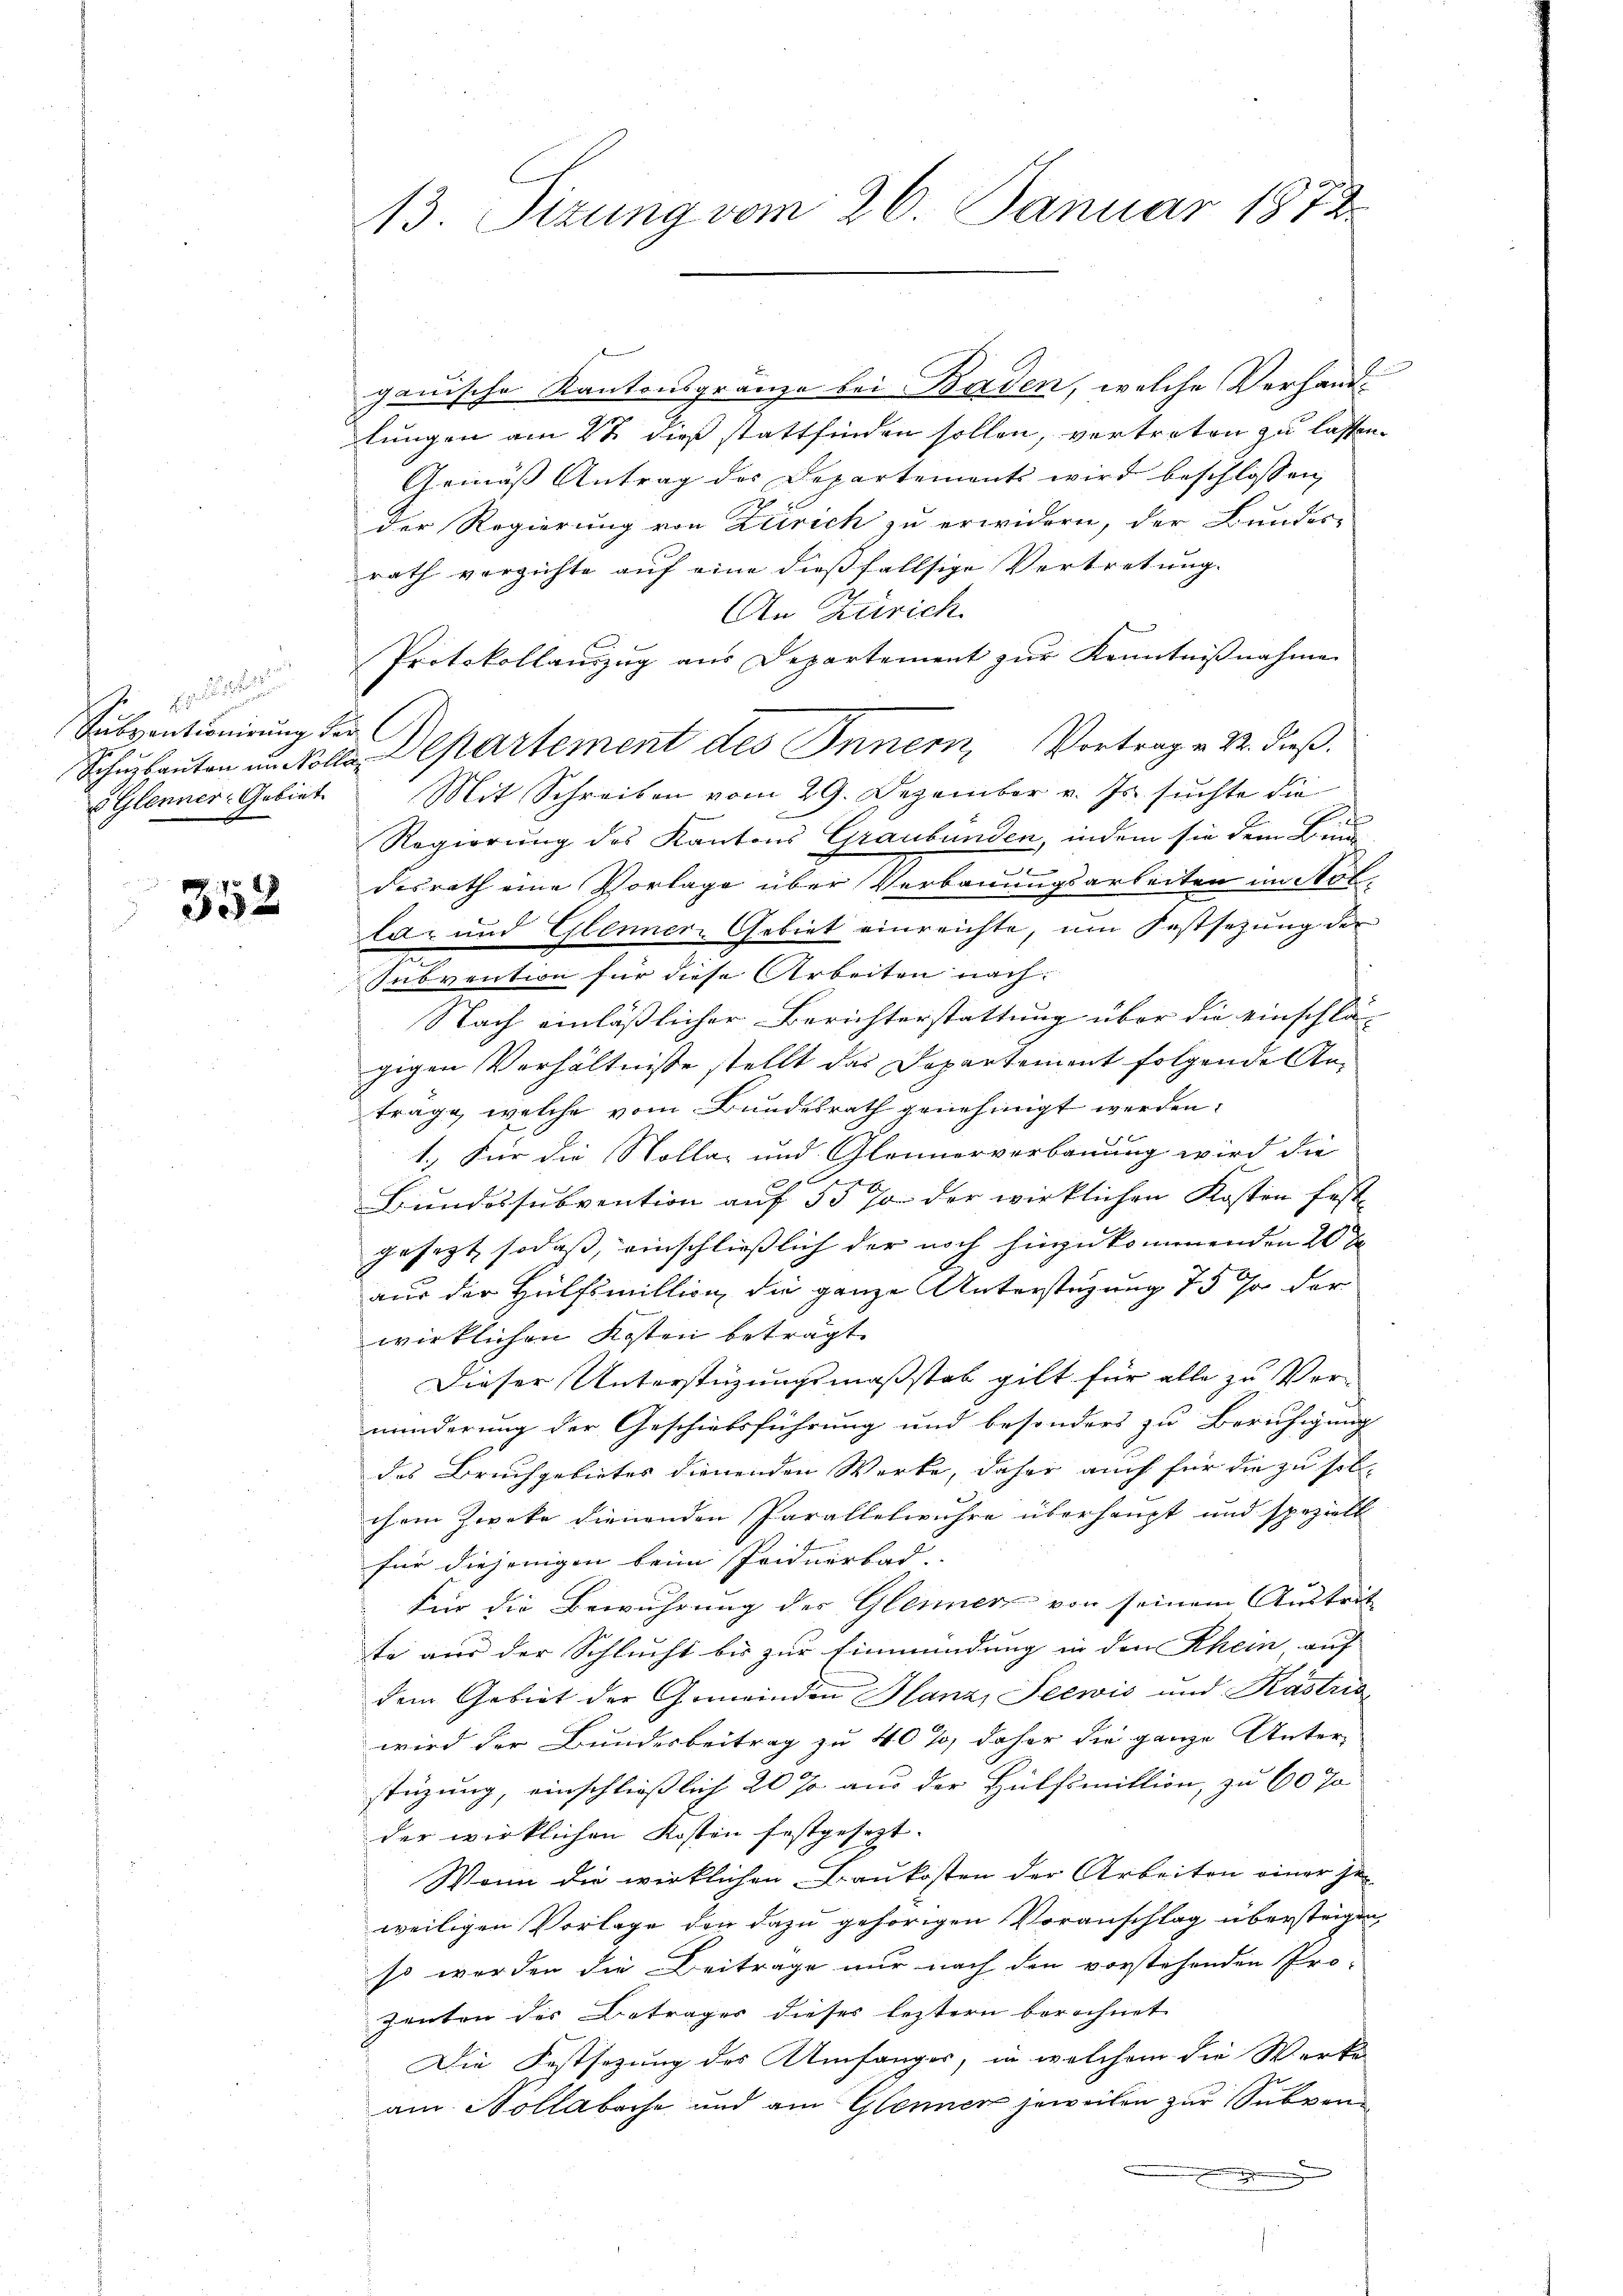
1.
Subventionirung der
v Glenner-Gebiet

352

13. Sizung vom 26. Januar 1872.

ganische Kantonsgränze bei Baden, welche Verhandlungen am 27. dieß stattfinden sollen, vertreten zu lassen.
Gemäss Antrag des Departements wird beschlossen,
der Regierung von Zürich zu erwidern, der Bundes-
rath verzichte auf eine dießfallsige Vertretung.
An Zürich.
Protokollauszug aus Departement zur Kenntnißnahme
Schulanten unvolle Departement des Innern, Vortrag v. 22. dieß.
Mit Schreiben vom 29. Dezember v. Js. suchte die
Regierung des Kantons Graubünden, indem sie dem Lau
desrath eine Vorlage über Verbauungsarbeiten im Not-
laz und Glenner Gebiet einreichte, um Festsetzung der
Iubvention für diese Arbeiten nach
Nach einläßlicher Berichterstattung über die einschla-
gigen Verhältnisse stellt das Departement folgende Anträge, welche vom Bundesrath genehmigt werden.
1. Für die Volla und Glännerverbauung wird die
Bundessubvention auf 5 § 70 der wirklichen Kosten fest-
gesezt sodaß, einschließlich der noch hinzukommenden 20 x
aus der Hülfsmillion die ganze Unterstüzung 75 so der
wirklichen Kosten beträgt.
Dieser Unterstüzungsmaßstab gilt für alle zu Ver-
minderung der Geschiebsführung und besonders zu Beruhigung
des Bruchgebietes dienenden Werke, daher auch für die zu sollchem Zwecke dienenden Parallelwuhre überhaupt und spezielt
für diejenigen beim Peidnerbad. |
für die Bewuhrung des Gleiner von seinem Austrit- |
ste aus der Schlucht bis zur Einmündung in den Rhein, auf
dem Gebiet der Gemeinden Glanz, Seewis und Kastris
wird der Bundesbeitrag zu 40%, daher die ganze Unter-
stüzung, einschliesslich 20 % aus der Hülfsmittion, zu 60 %
der wirklichen Kosten festgesezt.
Wenn die wirklichen Baukosten der Arbeiten einer Ge-
weiligen Vorlage den dazu gehörigen Voranschlag übersteigen,
so worden die Beitrage nur nach den vorstehenden Pro¬
Zanten des Betrages dieses leztern berechnet
Die Festsezung des Umfanger, in welchem die Werke
am Nollabache und am Glenner jeweilen zur Subven
.